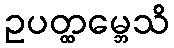
ဥပတ္ထမ္ဘေသိ